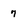
Character: 7